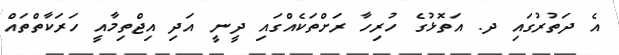
އެ ދަތުރުގައި ދ. އަތޮޅުގެ ހުރިހާ ރަށްތަކެއްގައި ދީނީ އަދި އިޖްތިމާއީ ހަރަކާތްތައް